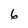
Character: 6